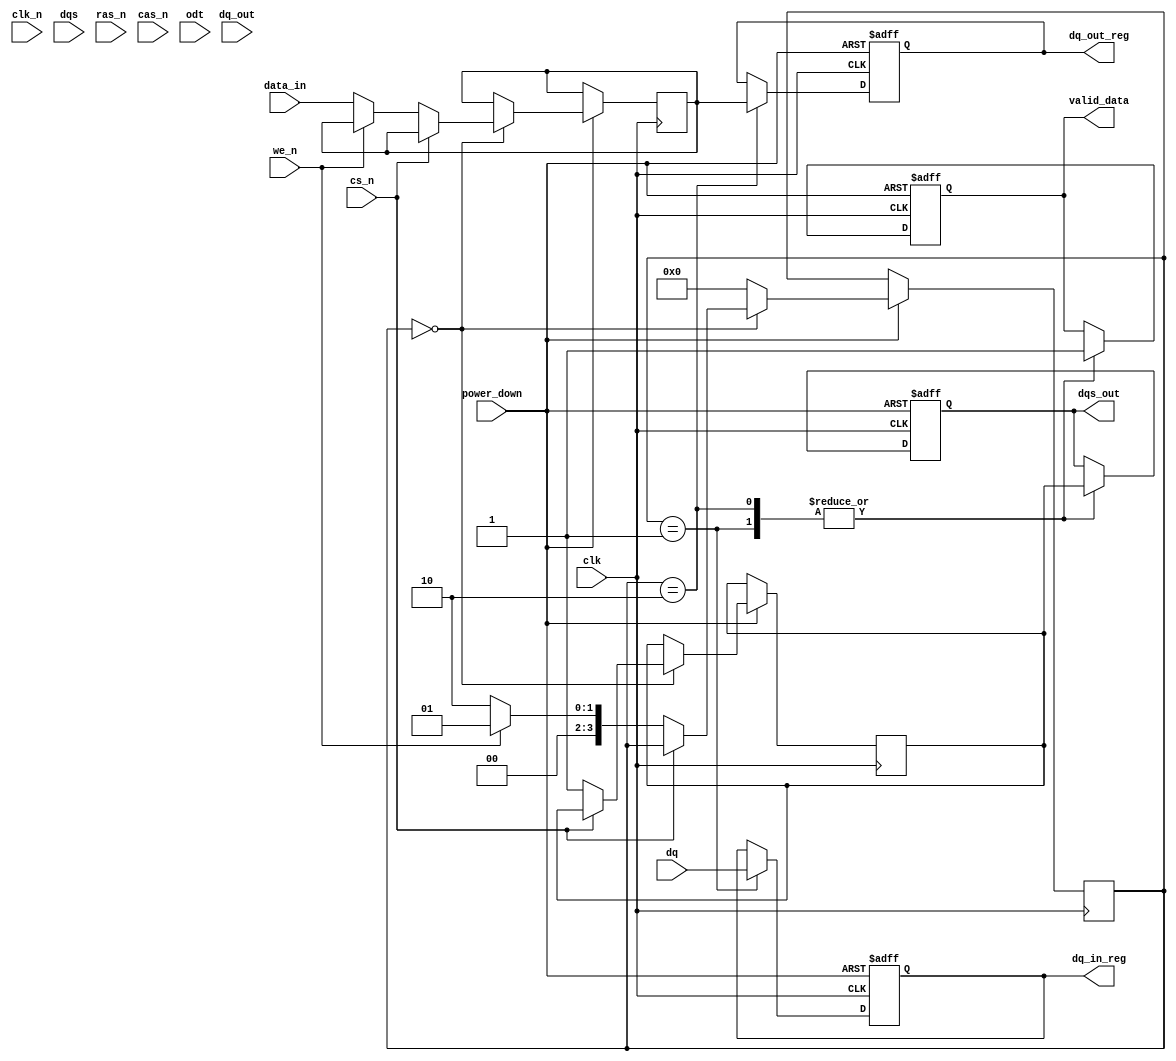
module ddr5_io_block #(
    parameter DATA_WIDTH = 16, // Data width (e.g., 16 bits)
    parameter DQS_WIDTH = DATA_WIDTH / 8 // DQS width (1 DQS per byte)
)(
    // Input signals
    input wire clk,               // Clock signal
    input wire clk_n,             // Inverted clock signal
    input wire [DATA_WIDTH-1:0] dq, // Data input
    input wire [DQS_WIDTH-1:0] dqs, // Data strobe input
    input wire cs_n,              // Chip select (active low)
    input wire ras_n,             // Row address strobe (active low)
    input wire cas_n,             // Column address strobe (active low)
    input wire we_n,              // Write enable (active low)
    input wire odt,               // On-die termination enable
    input wire [DATA_WIDTH-1:0] dq_out, // Data output for write operations
    input wire power_down,        // Power down signal
    input wire [DATA_WIDTH-1:0] data_in, // Data input for write operations

    // Output signals
    output reg [DATA_WIDTH-1:0] dq_out_reg, // Registered data output
    output reg dqs_out,           // Data strobe output
    output reg [DATA_WIDTH-1:0] dq_in_reg, // Registered data input
    output reg valid_data          // Valid data signal
);

// Internal signals
reg [DATA_WIDTH-1:0] dq_buffer; // Buffer for data
reg dqs_buffer;                  // Buffer for DQS
reg [3:0] state;                 // State machine for control

// State definitions
localparam IDLE = 4'b0000,
           READ = 4'b0001,
           WRITE = 4'b0010;

// Main I/O block process
always @(posedge clk or negedge power_down) begin
    if (!power_down) begin
        // Power down mode
        dq_out_reg <= 0;
        dq_in_reg <= 0;
        dqs_out <= 0;
        valid_data <= 0;
    end else begin
        case (state)
            IDLE: begin
                if (!cs_n) begin
                    if (!we_n) begin // Write operation
                        dq_buffer <= data_in;
                        dqs_buffer <= 1; // Assert DQS
                        state <= WRITE;
                    end else begin // Read operation
                        dqs_buffer <= 1; // Assert DQS
                        state <= READ;
                    end
                end
            end

            READ: begin
                dq_in_reg <= dq; // Read data from DQ lines
                valid_data <= 1; // Assert valid data
                dqs_out <= dqs_buffer; // Output DQS
                state <= IDLE; // Go back to idle
            end

            WRITE: begin
                dq_out_reg <= dq_buffer; // Output data to DQ lines
                dqs_out <= dqs_buffer; // Output DQS
                valid_data <= 1; // Assert valid data
                state <= IDLE; // Go back to idle
            end

            default: state <= IDLE; // Default to idle state
        endcase
    end
end

// On-die termination logic (simplified)
always @(posedge clk) begin
    if (odt) begin
        // Implement ODT enable logic here
    end
end

endmodule